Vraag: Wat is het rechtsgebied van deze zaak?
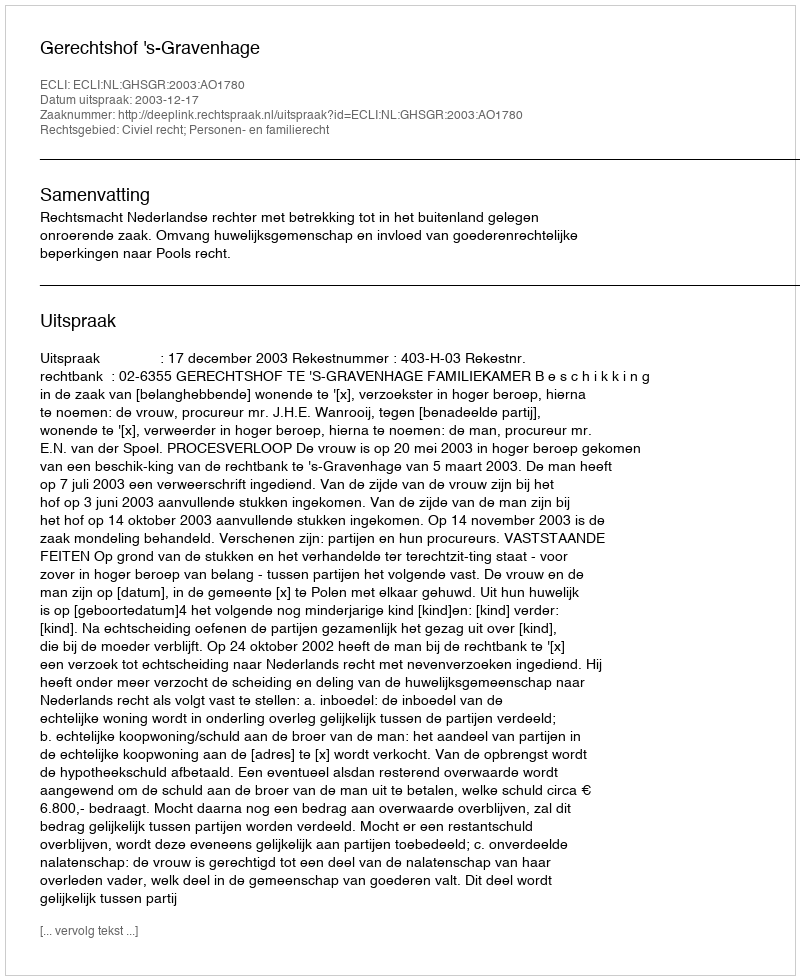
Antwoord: Civiel recht; Personen- en familierecht